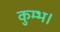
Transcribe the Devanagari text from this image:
कुम्भ।